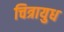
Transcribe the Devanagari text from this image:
चित्रायुध